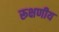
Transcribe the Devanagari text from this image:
रूक्षणीय